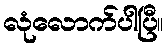
လုံလောက်ပါပြီ။